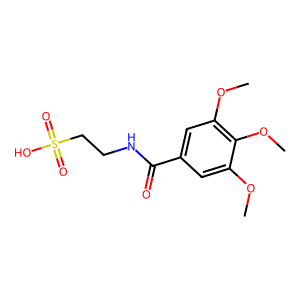
SMILES: COc1cc(C(=O)NCCS(=O)(=O)O)cc(OC)c1OC
Inhibits HIV replication: No